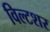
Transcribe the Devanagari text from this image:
विल्टशर